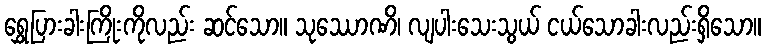
ရွှေပြားခါးကြိုးကိုလည်း ဆင်သော။ သုဿောဏိ၊ လျပါးသေးသွယ် ငယ်သောခါးလည်းရှိသော။